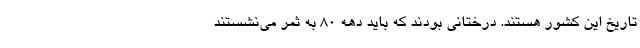
تاریخ این کشور هستند. درختانی بودند که باید دهه ۸۰ به ثمر می‌نشستند